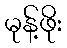
မုန့်ဖိုး